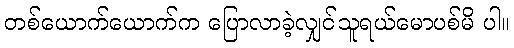
တစ်ယောက်ယောက်က ပြောလာခဲ့လျှင်သူရယ်မောပစ်မိ ပါ။